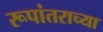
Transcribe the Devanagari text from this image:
रूपांतराच्या